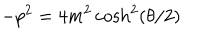
LaTeX: - p ^ { 2 } = 4 m ^ { 2 } \cosh ^ { 2 } ( \theta / 2 )